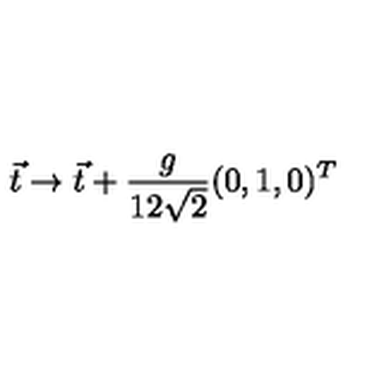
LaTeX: \vec { t } \to \vec { t } + \frac { g } { 1 2 \sqrt { 2 } } ( 0 , 1 , 0 ) ^ { T }